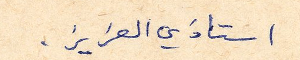
استاذي العزيز.